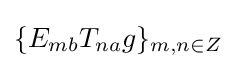
\{E_{mb}T_{na}g\}_{m,n\in Z}